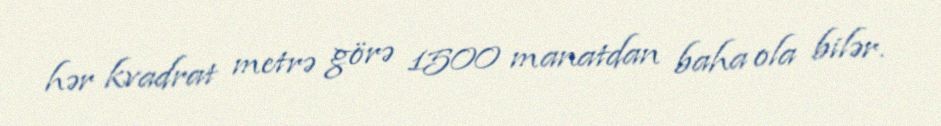
hər kvadrat metrə görə 1500 manatdan baha ola bilər.